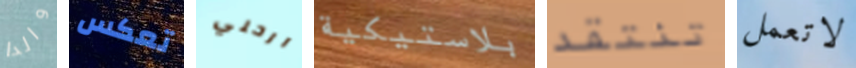
والدا تعكس ارحلي بلاستيكية تنتقد لاتعمل